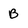
Character: B